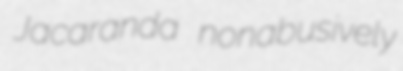
Jacaranda nonabusively